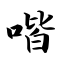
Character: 喈